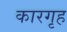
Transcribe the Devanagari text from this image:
कारगृह